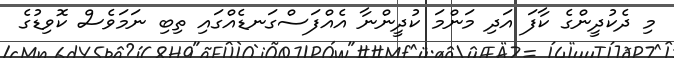
މި ދެކުދީންގެ ކާފަ އަދި މަންމަ ކުދީންނާ އެއްފަސްގަނޑެއްގައި ތިބި ނަމަވެސް ކޮވިޑުގެ